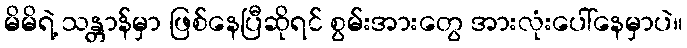
မိမိရဲ့ သန္တာန်မှာ ဖြစ်နေပြီဆိုရင် စွမ်းအားတွေ အားလုံးပေါ်နေမှာပဲ။